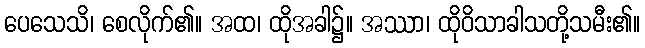
ပေသေသိ၊ စေလိုက်၏။ အထ၊ ထိုအခါ၌။ အဿာ၊ ထိုဝိသာခါသတို့သမီး၏။